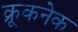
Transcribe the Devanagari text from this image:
क्रूकनेक